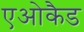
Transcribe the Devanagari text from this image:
एओकैड